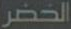
الخضر